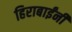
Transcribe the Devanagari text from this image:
हिराबाईंनी